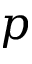
p